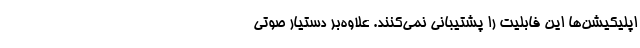
اپلیکیشن‌ها این فابلیت را پشتیبانی نمی‌کنند. علاوه‌بر دستیار صوتی